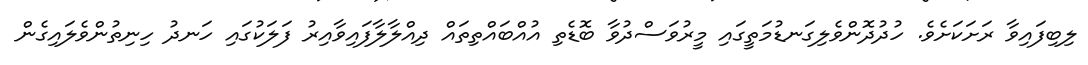
ލިބިފައިވާ ރަށަކަށެވެ. ހުދުދޮންވެލިގަނޑުމަތީގައި މީރުވަސްދުވާ ބޮޑެތި އުއްބައްތިތައް ދިއްލާލާފައިވާއިރު ފަލަކުގައި ހަނދު ހިނިތުންވެލައިގެން